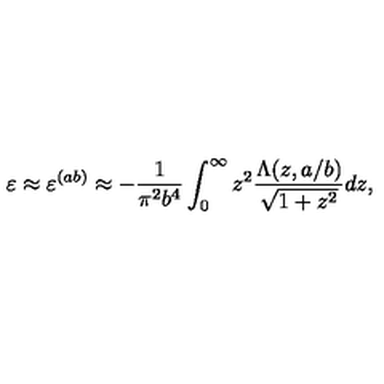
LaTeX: \varepsilon \approx \varepsilon ^ { ( a b ) } \approx - \frac { 1 } { \pi ^ { 2 } b ^ { 4 } } \int _ { 0 } ^ { \infty } { z ^ { 2 } \frac { \Lambda ( z , a / b ) } { \sqrt { 1 + z ^ { 2 } } } d z } ,